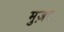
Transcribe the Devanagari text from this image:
मुज़र